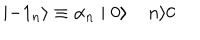
\mid - { 1 } _ { n } \rangle \equiv { \alpha } _ { n } \mid 0 \rangle \; n \rangle 0